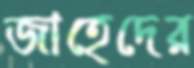
জাহেদের